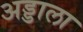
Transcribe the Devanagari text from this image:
अड्डाला